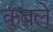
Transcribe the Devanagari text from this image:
कुबले